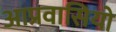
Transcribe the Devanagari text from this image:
आप्रवासियो